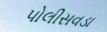
પોલીસવડા